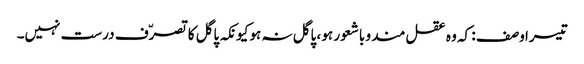
تیسرا وصف : کہ وہ عقل مند و باشعور ہو ، پاگل نہ ہو کیونکہ پاگل کا تصرّف درست نہیں۔